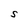
Character: S